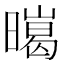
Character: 㬞